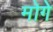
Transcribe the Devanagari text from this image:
मोगे